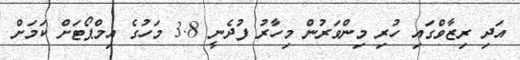
އަދި ރިޒާވްގައި ހުރި މިންވަރުން މިހާރު ފުދެނީ 3.8 މަހުގެ އިމްޕޯޓަށް ކަމަށް